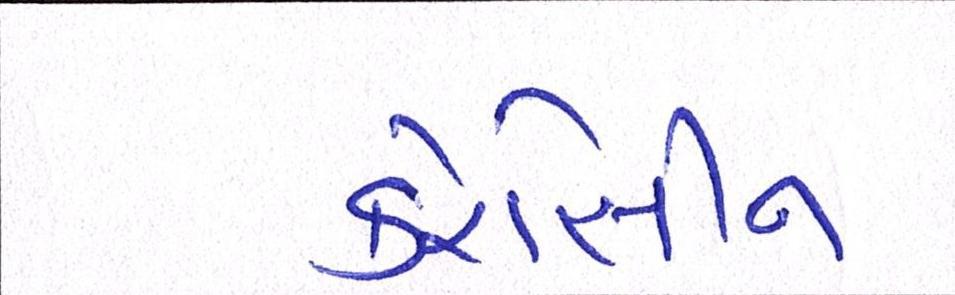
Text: કેરોસીન